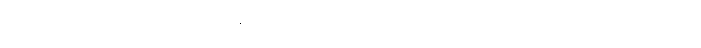
ယာဉ်မတော်တဆမှုဖြစ်လို့ နဖူး ပေါက်သွားတဲ့ လူနာက ဆေးရုံ ရောက် လာတယ်။